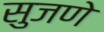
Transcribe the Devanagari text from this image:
सुजणे